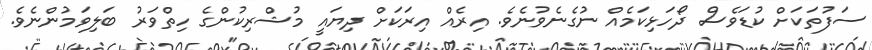
ސަފުތަކަށް ކުޑަވެސް ދޯހަޅިކަމެއް ނުގެނެވުނެވެ. އިރެއް އިރަކަށް ދިޔައީ މުޝްރިކުންގެ ހިތްވަރު ބަލިވަމުންނެވެ.